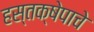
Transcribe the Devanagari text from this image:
हस्तक्षेपाचे